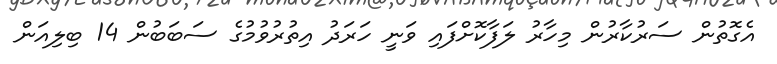
އެގޮތުން ސަރުކާރުން މިހާރު ލަފާކޮށްފައި ވަނީ ހަރަދު އިތުރުވުމުގެ ސަބަބުން 14 ބިލިއަން